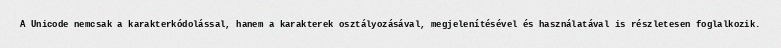
A Unicode nemcsak a karakterkódolással, hanem a karakterek osztályozásával, megjelenítésével és használatával is részletesen foglalkozik.